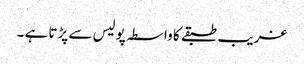
غریب طبقے کا واسطہ پولیس سے پڑتا ہے ۔